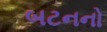
બટનનો